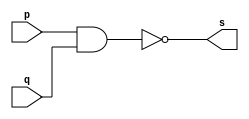
/*
 * Pontificia Universidade Catlica de Minas Gerais
 * Instituto de Cincias Exatas e Infnandmtica
 * Arquitetura de Computadnandes - Exemplo0006
 * Belo Horizonte 26 de Fevereiro de 2013
 * Aluna: Izabela Caldeira Borges
 */ 
 
 
 // ----------------
 // -- nand gate
 // ----------------
 
 module nandgate (output s, input p, input q);
 assign s = (~(p & q)); // criar vnculo permanente
 					// dependncia
 endmodule 		// nandgate
 
 // ---------------
 // -- test nand gate
 // ---------------
 
 module testnandgate;
 // --------------- dados locais
 
 reg a, b;			// definir registradnand
 					// varivel independente
 wire s;			// definir conexo (fio)
					// varivel dependente
 
 // --------------- instncia
 	nandgate NAND1 (s, a, b);
 // --------------- preparao
 	initial begin:start
	
		a = 0;	b = 0;	
	end
	
 // --------------- parte principal
 	initial begin:main
		$display("Exemplo 0006 - Izabela Caldeira Borges - 463243");
		$display("Test NAND gate");
		$display("\n(~(a & b)) = s\n");
	  a = 0; b = 0;
#1 	$display("~ %b & %b = %b", a, b, s);
     a = 0; b = 1;  
#1    $display("~ %b & %b = %b", a, b, s);
     a = 1; b = 0;
#1    $display("~ %b & %b = %b", a, b, s);
     a = 1; b = 1;
#1    $display("~ %b & %b = %b", a, b, s);
					
	end
	
 endmodule // testnandgate